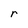
Character: r